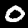
Digit: 0